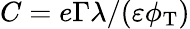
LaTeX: C=e\Gamma\lambda/(\varepsilon\phi_{\mathrm{T}})